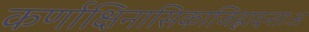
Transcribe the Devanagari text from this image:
कर्णाक्षिनासिकाजिह्लादन्ताःअ